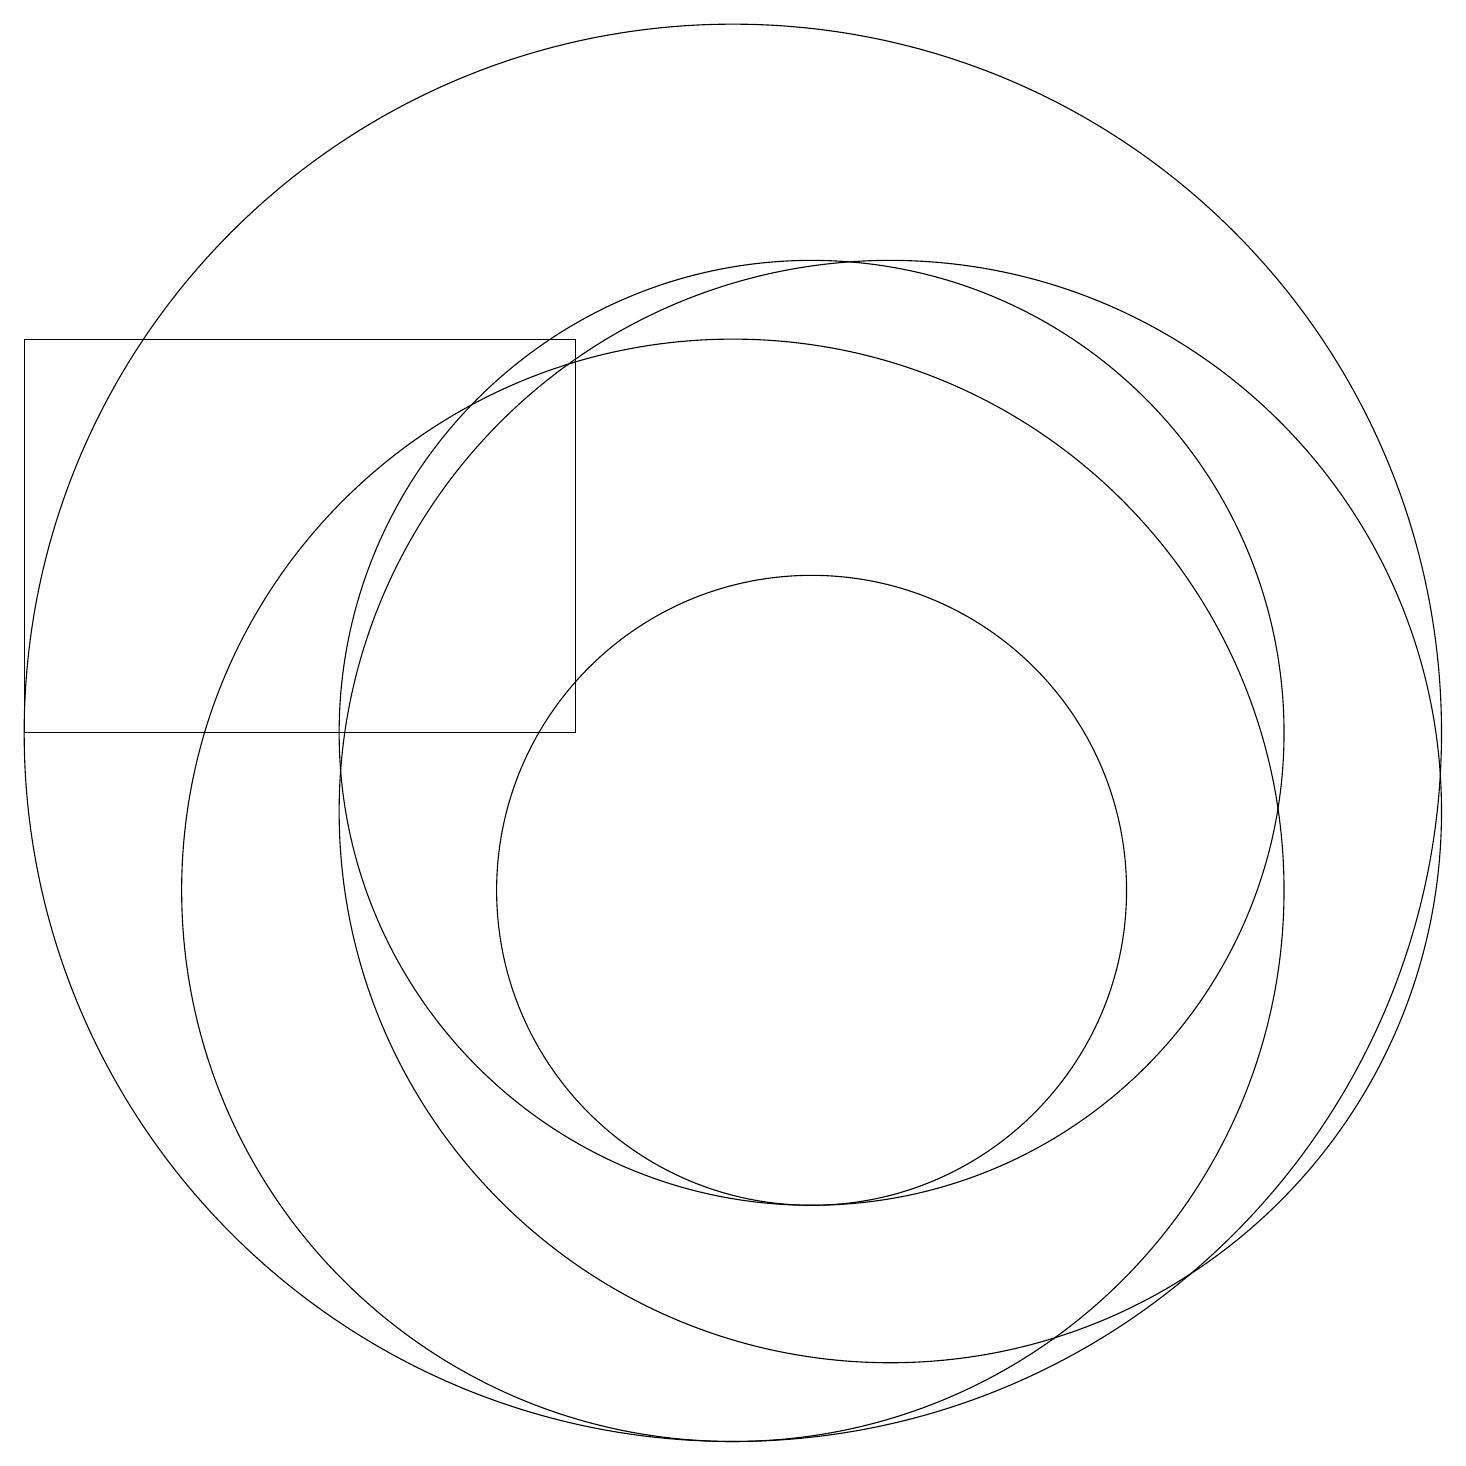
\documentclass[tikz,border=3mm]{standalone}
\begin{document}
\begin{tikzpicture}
\draw (11,10) circle (4);
\draw (12,11) circle (7);
\draw (10,12) circle (9);
\draw (11,12) circle (6);
\draw (1,17) rectangle (8,12);
\draw (10,10) circle (7);
\draw (6,17) rectangle (8,17);
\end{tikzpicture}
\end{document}